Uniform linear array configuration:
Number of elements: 32
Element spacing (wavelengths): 0.5
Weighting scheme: kaiser
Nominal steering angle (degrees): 0
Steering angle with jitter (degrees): -0.9871
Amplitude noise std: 0.05
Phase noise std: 0.05

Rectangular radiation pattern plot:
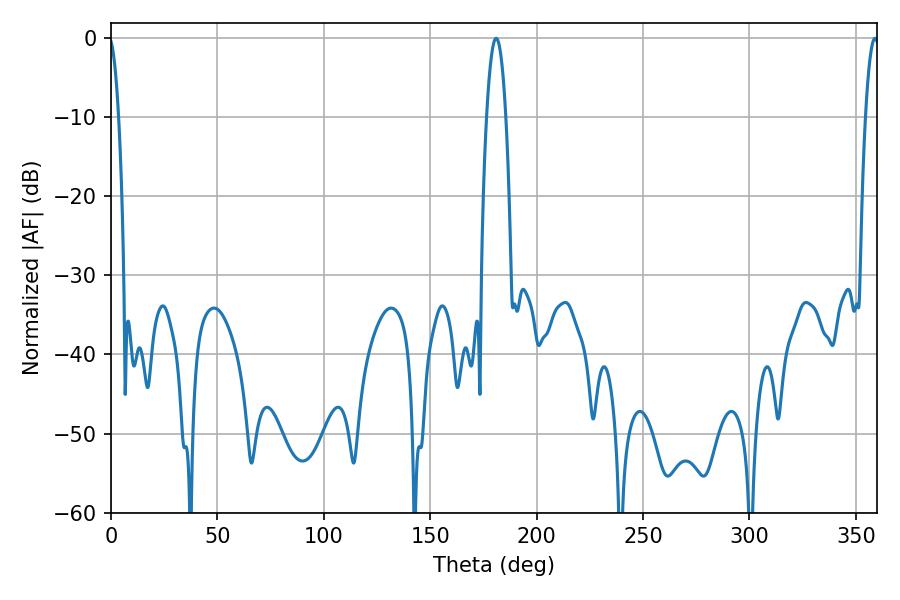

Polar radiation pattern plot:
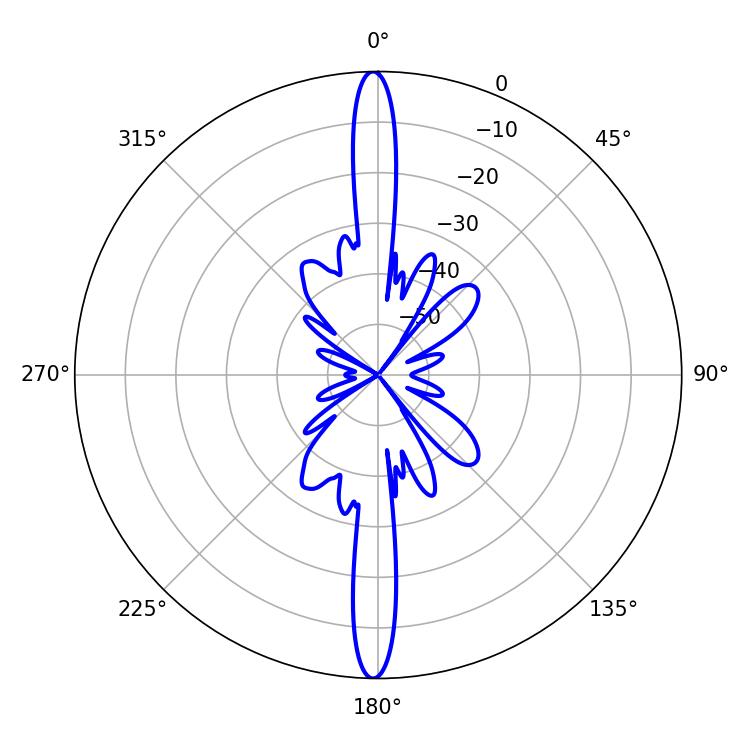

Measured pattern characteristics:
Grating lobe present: FALSE
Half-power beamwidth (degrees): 4.86
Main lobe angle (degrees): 180.9